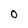
Character: 0